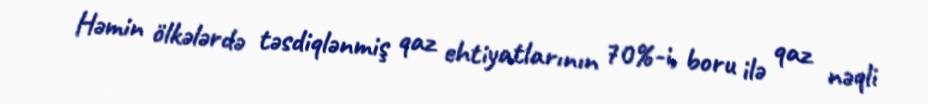
Həmin ölkələrdə təsdiqlənmiş qaz ehtiyatlarının 70%-i, boru ilə qaz nəqli